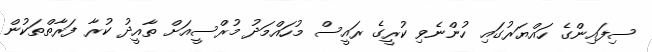
ސިފައިންގެ ހައްޔަރުގައި ހުންނެވި ކުރީގެ ރައީސް މުހައްމަދު މުރްސީއަށް ތާއީދު ކުރާ ފަރާތްތަކުން